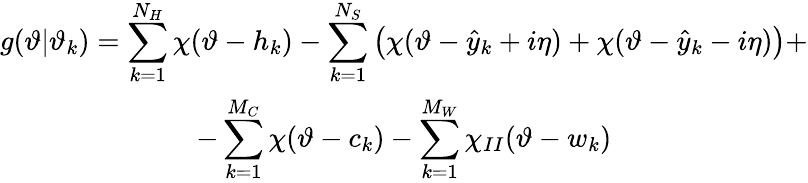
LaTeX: \begin{array}{c}{{g(\vartheta|\vartheta_{k})=\displaystyle\sum_{k=1}^{N_{H}}\chi(\vartheta-h_{k})-\displaystyle\sum_{k=1}^{N_{S}}\left(\chi(\vartheta-\hat{y}_{k}+i\eta)+\chi(\vartheta-\hat{y}_{k}-i\eta)\right)+}}\\ {{-\displaystyle\sum_{k=1}^{M_{C}}\chi(\vartheta-c_{k})-\displaystyle\sum_{k=1}^{M_{W}}\chi_{II}(\vartheta-w_{k})}}\end{array}